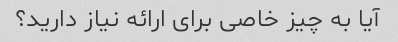
آیا به چیز خاصی برای ارائه نیاز دارید؟